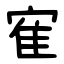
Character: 寉